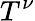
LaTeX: T^{\nu}